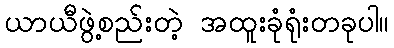
ယာယီဖွဲ့စည်းတဲ့ အထူးခုံရုံးတခုပါ။